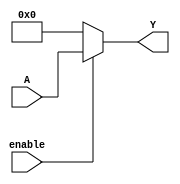
module RelativeEncoder #(
    parameter N = 4, // Number of input bits
    parameter M = N  // Number of output bits (can be adjusted for different encoding)
) (
    input wire [N-1:0] A,   // N-bit input
    input wire enable,       // Enable signal
    output reg [M-1:0] Y    // M-bit output
);

// Always block for combinational logic
always @(*) begin
    if (enable) begin
        // Choose encoding method: Binary or Gray
        // For Binary Encoding
        Y = A; // Direct binary encoding

        // Uncomment below for Gray Code Encoding instead
        // Y = (A >> 1) ^ A; // Gray code encoding

    end else begin
        Y = {M{1'b0}}; // Default state (e.g., all zeros when disabled)
    end
end

endmodule